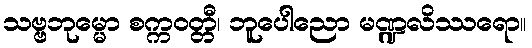
သဗ္ဗဘုမ္မော စက္ကဝတ္တီ၊ ဘူပေါညော မဏ္ဍလိဿရော။